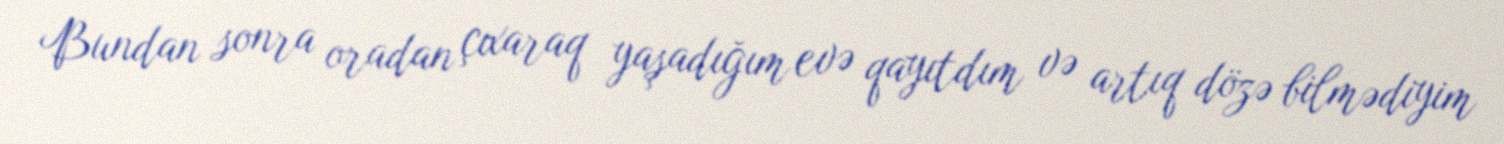
Bundan sonra oradan çıxaraq yaşadığım evə qayıtdım və artıq dözə bilmədiyim